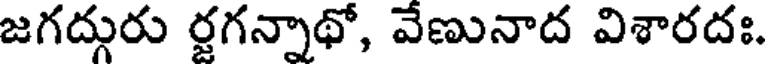
జగద్గురు ర్జగన్నాథో, వేణునాద విశారదః.